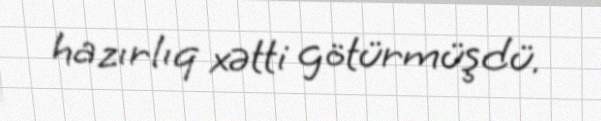
hazırlıq xətti götürmüşdü.